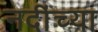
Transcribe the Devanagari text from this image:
नदींच्या